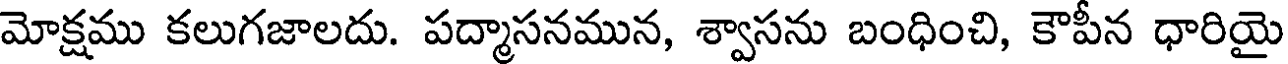
మోక్షము కలుగజాలదు. పద్మాసనమున, శ్వాసను బంధించి, కౌపీన ధారియై